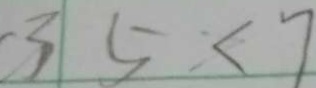
3 5 < 7